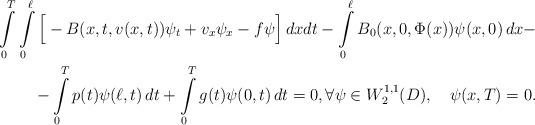
LaTeX: \begin{align*}\int\limits_0^T\int\limits_0^{\ell}\Big[-B(x,t,v(x,t))\psi_t+v_x\psi_x-f\psi\Big]\,dxdt - \int\limits_0^{\ell}B_0(x,0,\Phi(x))\psi(x,0)\,dx - \\- \int\limits_0^Tp(t)\psi(\ell,t)\,dt+\int\limits_0^Tg(t)\psi(0,t)\,dt=0, \forall \psi\in W_2^{1,1}(D),\quad\psi(x,T)=0. \end{align*}